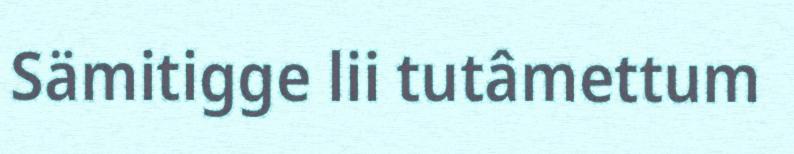
Sämitigge lii tutâmettum